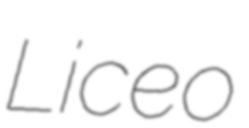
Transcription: Liceo